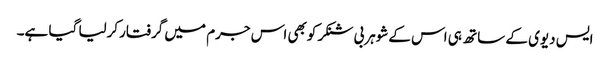
ایس دیوی کے ساتھ ہی اس کےشوہربی شنکرکوبھی اس جرم میں گرفتارکرلیا گیا ہے۔